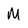
Character: M